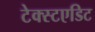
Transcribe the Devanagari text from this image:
टेक्स्टएडिट